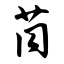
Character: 茼